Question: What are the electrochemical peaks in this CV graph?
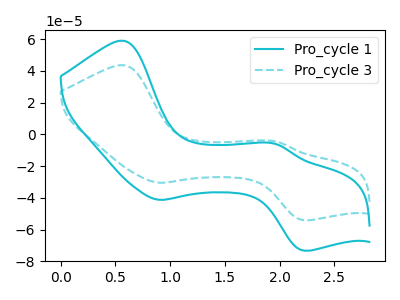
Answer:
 <answer>The cyan curve "Pro_cycle 1" has anodic peaks at (0.60V, 58.90uA) (1.95V, -6.10uA) and cathodic peaks at (0.90V, -41.25uA) (2.20V, -73.30uA). The cyan dashed curve "Pro_cycle 3" has anodic peaks at (0.60V, 43.50uA) (1.95V, -4.50uA) and cathodic peaks at (0.90V, -30.50uA) (2.20V, -54.15uA).</answer>
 <eval></eval>